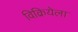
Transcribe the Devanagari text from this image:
विक्रियेला